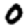
Digit: 0